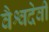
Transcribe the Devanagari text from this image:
वैश्वदेवी